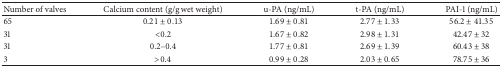
<table><thead><tr><td><b>Number of valves</b></td><td><b>Calcium content (g/g wet weight)</b></td><td><b>u-PA (ng/mL)</b></td><td><b>t-PA (ng/mL)</b></td><td><b>PAI-1 (ng/mL)</b></td></tr></thead><tbody><tr><td> 65</td><td>0.21 ± 0.13</td><td>1.69 ± 0.81</td><td>2.77 ± 1.33</td><td>56.2 ± 41.35</td></tr><tr><td> 31</td><td>&lt;0.2</td><td>1.67 ± 0.82</td><td>2.98 ± 1.31</td><td>42.47 ± 32</td></tr><tr><td> 31</td><td>0.2–0.4</td><td>1.77 ± 0.81</td><td>2.69 ± 1.39</td><td>60.43 ± 38</td></tr><tr><td> 3</td><td>&gt;0.4</td><td>0.99 ± 0.28</td><td>2.03 ± 0.65</td><td>78.75 ± 36</td></tr></tbody></table>